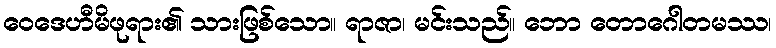
ဝေဒေဟီမိဖုရား၏ သားဖြစ်သော။ ရာဇာ၊ မင်းသည်။ ဘော တောဂေါတမဿ၊